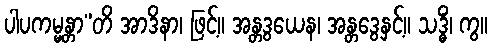
ပါပကမ္မန္တာ”တိ အာဒိနာ၊ ဖြင့်။ အန္တဒွယေန၊ အန္တဒွေနှင့်။ သဒ္ဓိံ၊ ကွ။